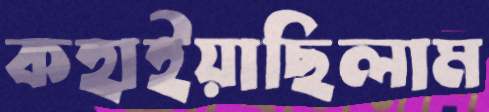
কহাইয়াছিলাম